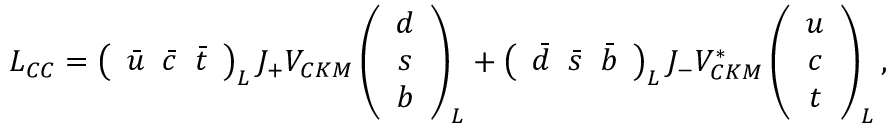
{ \cal L } _ { C C } = \left( \begin{array} { c c c } { { { \bar { u } } \; \; { \bar { c } } \; \; { \bar { t } } } } \end{array} \right) _ { L } J _ { + } V _ { C K M } \left( \begin{array} { c } { { d } } \\ { { s } } \\ { { b } } \end{array} \right) _ { L } + \left( \begin{array} { c c c } { { { \bar { d } } \; \; { \bar { s } } \; \; { \bar { b } } } } \end{array} \right) _ { L } J _ { - } V _ { C K M } ^ { * } \left( \begin{array} { c } { { u } } \\ { { c } } \\ { { t } } \end{array} \right) _ { L } ,